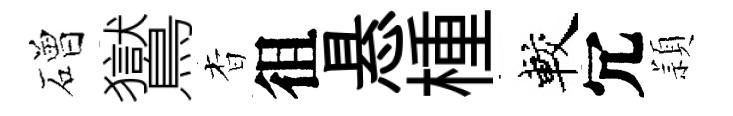
磳鸑杳徂悬㮔較冗頴